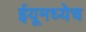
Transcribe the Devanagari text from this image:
ईयूमध्येच